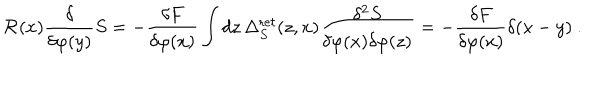
{ \mathcal R } ( x ) \frac { \delta } { \delta \varphi ( y ) } S = - \frac { \delta F } { \delta \varphi ( x ) } \int d z \, \Delta _ { S } ^ { \mathrm r e t } ( z , x ) \frac { \delta ^ { 2 } S } { \delta \varphi ( x ) \delta \varphi ( z ) } = - \frac { \delta F } { \delta \varphi ( x ) } \delta ( x - y ) \ .